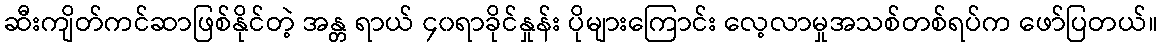
ဆီးကျိတ်ကင်ဆာဖြစ်နိုင်တဲ့ အန္တ ရာယ် ၄၀ရာခိုင်နှုန်း ပိုများကြောင်း လေ့လာမှုအသစ်တစ်ရပ်က ဖော်ပြတယ်။